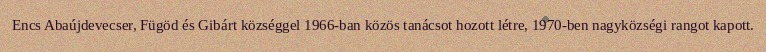
Encs Abaújdevecser, Fügöd és Gibárt községgel 1966-ban közös tanácsot hozott létre, 1970-ben nagyközségi rangot kapott.